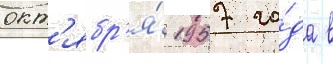
окт'ябр'я́ 1957 го́да в